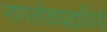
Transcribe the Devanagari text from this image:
नागलोकप्रदायिनी